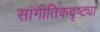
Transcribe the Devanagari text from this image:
सांगीतिकदृष्ट्या